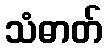
သံဓာတ်